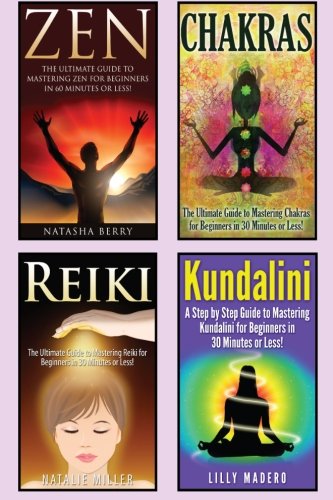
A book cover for Chakras: Chakras, Zen, Reiki and Kundalini 4 in 1 Box Set: Book 1: Chakras + Book 2: Zen + Book 3: Reiki + Book 4: Kundalini (Chakras for Beginners, ... Mediation for Beginners, Qigong, Taoism); Jenny Porterson; Religion & Spirituality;